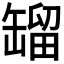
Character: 𦉉